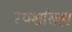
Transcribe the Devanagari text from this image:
स्पर्शासह्य